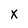
Character: x